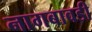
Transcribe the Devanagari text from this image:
नागबावडी